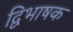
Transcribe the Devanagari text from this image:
द्विभाषक